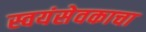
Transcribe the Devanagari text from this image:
स्वयंसेवकाचा